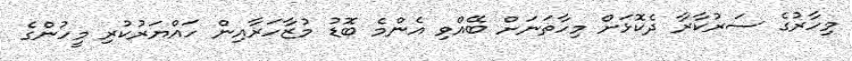
މިހާރުގެ ސަރުކާރާ ދެކޮޅަށް މިހާތަނަށް ބޭއްވި އެންމެ ބޮޑު މުޒާހަރާއިން ހައްޔަރުކުރި މީހުންގެ